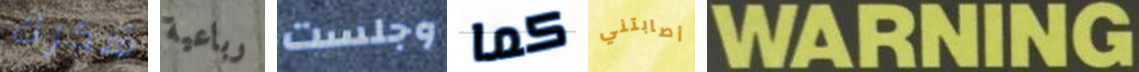
شكرك رباعية وجلست كما أصابتني WARNING